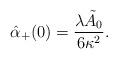
LaTeX: \begin{align*} \hat{\alpha}_+(0)=\frac{\lambda\tilde{A}_0}{6\kappa^2}.\end{align*}